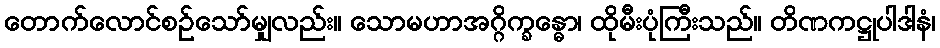
တောက်လောင်စဉ်သော်မျှလည်း။ သောမဟာအဂ္ဂိက္ခန္ဓော၊ ထိုမီးပုံကြီးသည်။ တိဏကဋ္ဌုပါဒါနံ၊